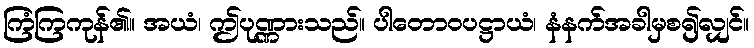
ကြံကြကုန်၏။ အယံ၊ ဤပုဏ္ဏားသည်။ ပါတောဝပဋ္ဌာယံ၊ နံနက်အခါမှစ၍လျှင်။